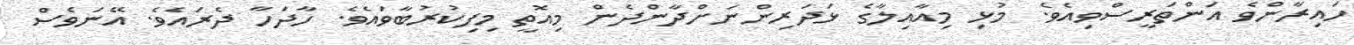
ހައިރާންވެ އަންތަރީސްވިއެވެ. މުޅި މިއާއިލާގެ ޅަދަރިންނަށްދާންދެން މިއޮތީ މިފިކުރުބާވައެވެ. ހާދަހާ ދެރައެވެ. އޭނަވެސް